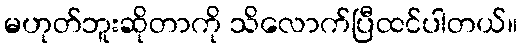
မဟုတ်ဘူးဆိုတာကို သိလောက်ပြီထင်ပါတယ်။